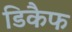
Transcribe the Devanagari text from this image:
डिकैफ